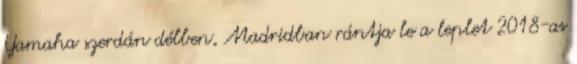
Yamaha szerdán délben, Madridban rántja le a leplet 2018-as